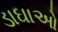
ડાઘાઓ